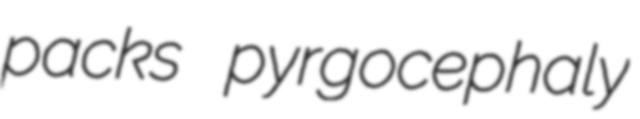
packs pyrgocephaly